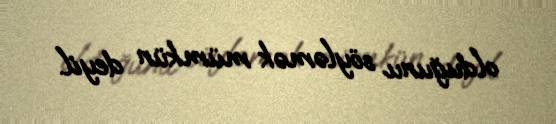
olduğunu söyləmək mümkün deyil.